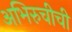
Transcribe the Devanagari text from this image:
अभिरुचीची